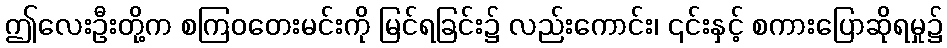
ဤလေးဦးတို့က စကြဝတေးမင်းကို မြင်ရခြင်း၌ လည်းကောင်း၊ ၎င်းနှင့် စကားပြောဆိုရမှု၌